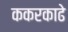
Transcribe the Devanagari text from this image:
ककरकाढे